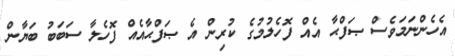
އެހެންނަމަވެސް ޞަފްޙާ އެއް ފޮހެލުމުގެ ކުރިން އެ ޞަފްޙާއެއް ފޮހެލާ ސަބަބު ބަޔާން